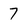
Character: 7